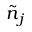
\tilde { n } { } _ { j }